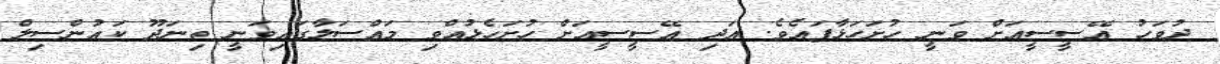
ދުވަހު އޭސީސީއަށް ވަނީ ހުށަހަޅާފައެވެ. އަދި އޭސީސީއަށް ހުށަހެޅުއްވި މައްސަލާގައިވަނީ ތިނަދޫ ކައުންސިލް